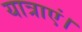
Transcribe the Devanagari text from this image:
यात्राएं।